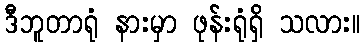
ဒီဘူတာရုံ နားမှာ ဖုန်းရုံရှိ သလား။